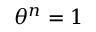
\theta ^ { n } = 1